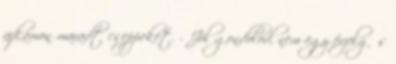
ajkamon maradt cseppeket. - Jól gondolod, nem egy érzelgős